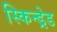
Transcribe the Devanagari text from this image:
स्किन्ड्रेड